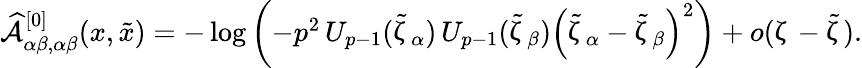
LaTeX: \begin{array}{r}{\widehat{{\mathcal A}}_{\alpha\beta,\alpha\beta}^{[0]}(x,\tilde{x})=-\log\left(-p^{2}\, U_{p-1}(\tilde{\upzeta}_{\alpha})\, U_{p-1}(\tilde{\upzeta}_{\beta})\left(\tilde{\upzeta}_{\alpha}-\tilde{\upzeta}_{\beta}\right)^{2}\right)+o(\upzeta-\tilde{\upzeta}).}\end{array}